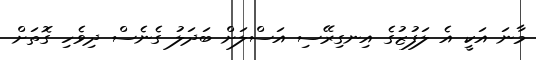
މާނަ އަކީ އެ ލަފުޒުގެ އިނގިރޭސި އަސްލަށް ބަދަލު ގެނެސް ދިވެހި ގޮތަށް